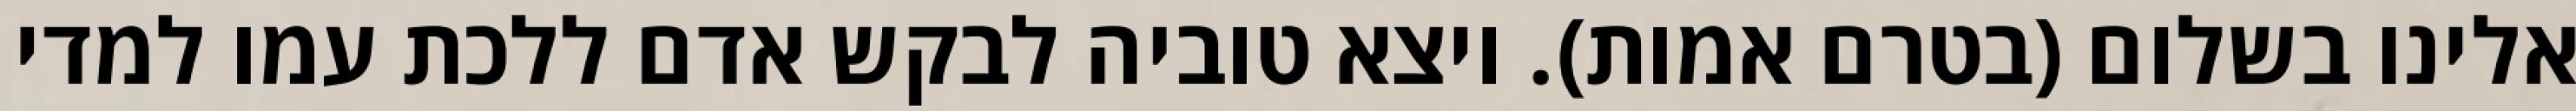
אלינו בשלום (בטרם אמות). ויצא טוביה לבקש אדם ללכת עמו למדי